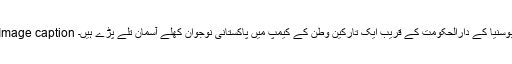
Image caption بوسنیا کے دارالحکومت کے قریب ایک تارکینِ وطن کے کیمپ میں پاکستانی نوجوان کھلے آسمان تلے پڑے ہیں۔